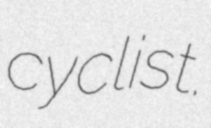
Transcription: cyclist.